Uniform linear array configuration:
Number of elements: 8
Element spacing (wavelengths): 0.25
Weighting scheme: hann
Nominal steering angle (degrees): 60
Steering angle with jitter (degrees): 61.901
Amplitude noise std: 0.05
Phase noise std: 0.05

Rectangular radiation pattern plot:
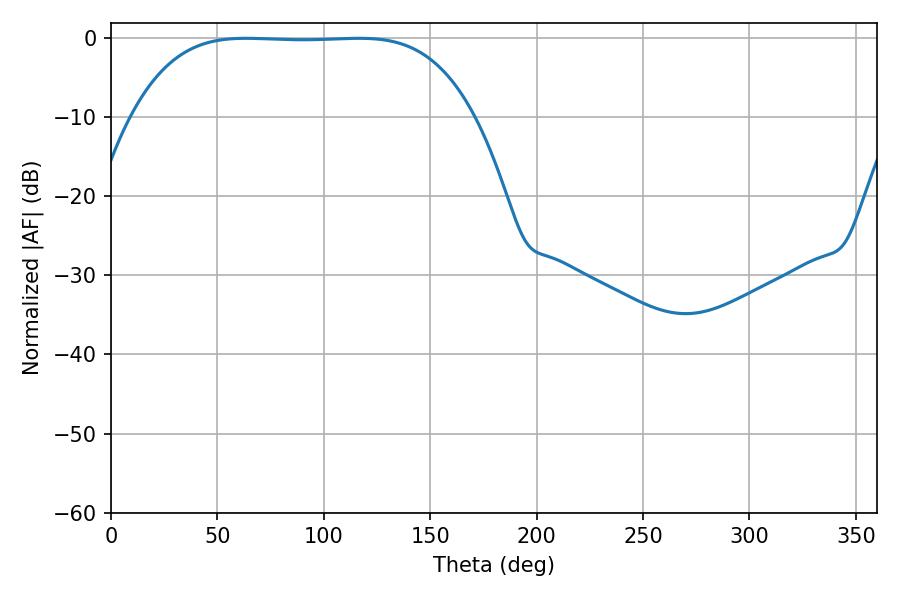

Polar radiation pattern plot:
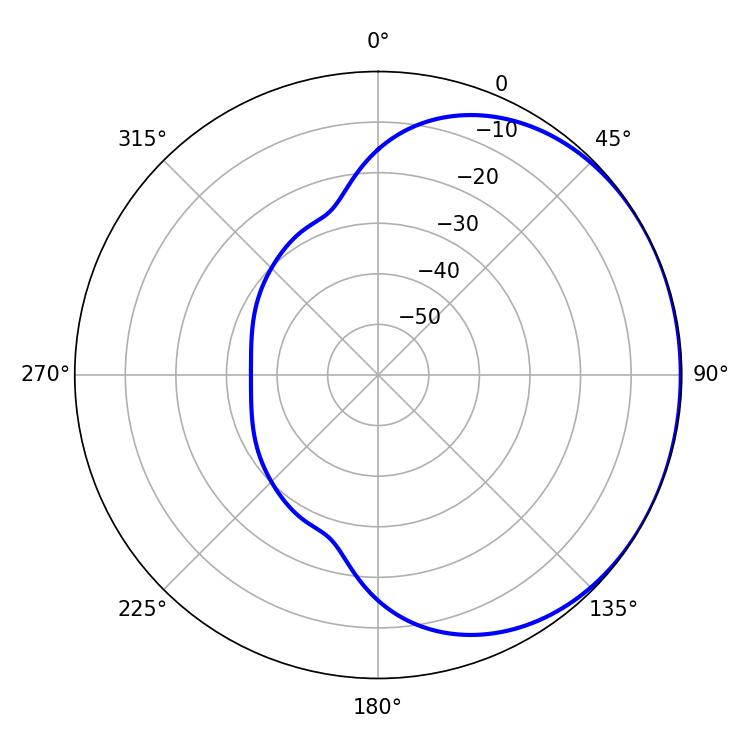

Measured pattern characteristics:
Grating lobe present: FALSE
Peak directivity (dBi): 0.7326
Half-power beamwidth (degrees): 123.12
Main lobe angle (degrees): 63.54